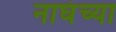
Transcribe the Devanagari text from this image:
नाघंच्या